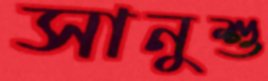
সানুশু